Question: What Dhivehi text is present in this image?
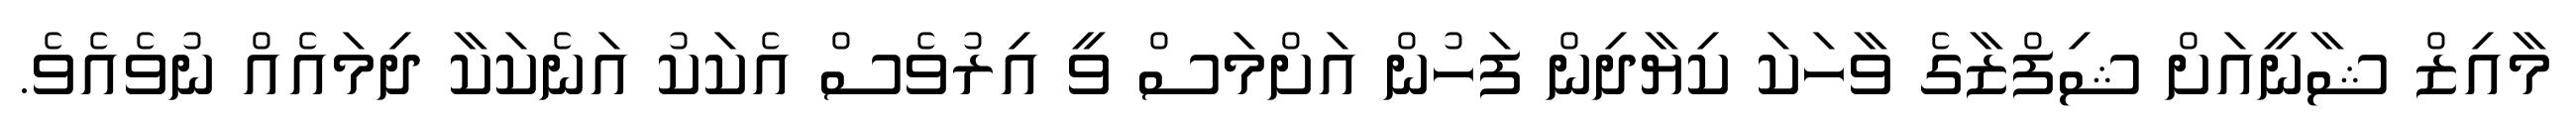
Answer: މާއިޒް ޝާނީއަށް ޝިފްޒާގެ ވާހަކަ ކިޔާދިން ފަހުން އަށްމަސް ވީ އިރުވެސް އެކަކު އަނެކަކާ ދިމައެއް ނުވެއެވެ.